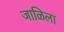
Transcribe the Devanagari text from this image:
जाळिला